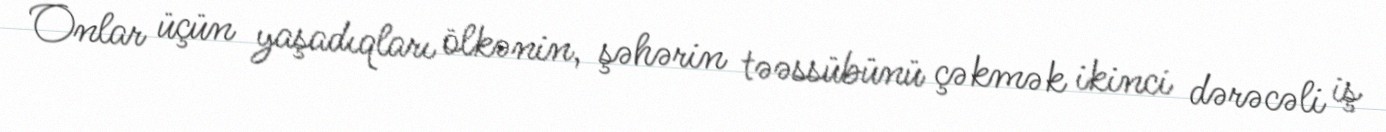
Onlar üçün yaşadıqları ölkənin, şəhərin təəssübünü çəkmək ikinci dərəcəli iş